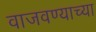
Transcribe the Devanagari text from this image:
वाजवण्याच्या